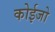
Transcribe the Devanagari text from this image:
कोईजो